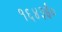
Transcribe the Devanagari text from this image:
१६४३ई०